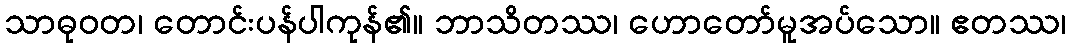
သာဓုဝတ၊ တောင်းပန်ပါကုန်၏။ ဘာသိတဿ၊ ဟောတော်မူအပ်သော။ ဧတဿ၊